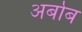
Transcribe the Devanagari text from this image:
अर्बाब